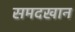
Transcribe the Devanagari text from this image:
समदखान